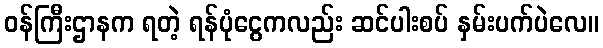
ဝန်ကြီးဌာနက ရတဲ့ ရန်ပုံငွေကလည်း ဆင်ပါးစပ် နှမ်းပက်ပဲလေ။